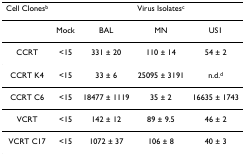
<table><thead><tr><td><b>Cell Clones<sup>b</sup></b></td><td></td><td colspan="3"><b>Virus Isolates<sup>c</sup></b></td></tr></thead><tbody><tr><td></td><td>Mock</td><td>BAL</td><td>MN</td><td>US1</td></tr><tr><td>CCRT</td><td>&lt;15</td><td>331 ± 20</td><td>110 ± 14</td><td>54 ± 2</td></tr><tr><td>CCRT K4</td><td>&lt;15</td><td>33 ± 6</td><td>25095 ± 3191</td><td>n.d.<sup>d</sup></td></tr><tr><td>CCRT C6</td><td>&lt;15</td><td>18477 ± 1119</td><td>35 ± 2</td><td>16635 ± 1743</td></tr><tr><td>VCRT</td><td>&lt;15</td><td>142 ± 12</td><td>89 ± 9.5</td><td>46 ± 2</td></tr><tr><td>VCRT C17</td><td>&lt;15</td><td>1072 ± 37</td><td>106 ± 8</td><td>40 ± 3</td></tr></tbody></table>